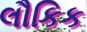
લૌકિક